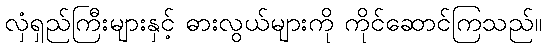
လှံရှည်ကြီးများနှင့် ဓားလွယ်များကို ကိုင်ဆောင်ကြသည်။